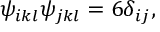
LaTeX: \psi _ { i k l } \psi _ { j k l } = 6 \delta _ { i j } ,